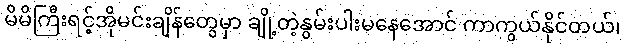
မိမိကြီးရင့်အိုမင်းချိန်တွေမှာ ချို့တဲ့နွမ်းပါးမနေအောင် ကာကွယ်နိုင်တယ်၊